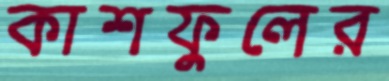
কাশফুলের